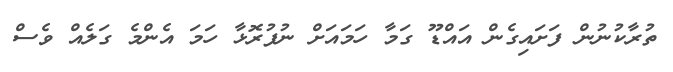
ތުރާކުނުން ފަށައިގެން އައްޑޫ ގަމާ ހަމައަށް ނުފުރޮޅާ ހަމަ އެންމެ ގަލެއް ވެސް